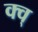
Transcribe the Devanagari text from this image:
क्व्